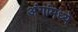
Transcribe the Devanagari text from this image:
अंगांमध्ये